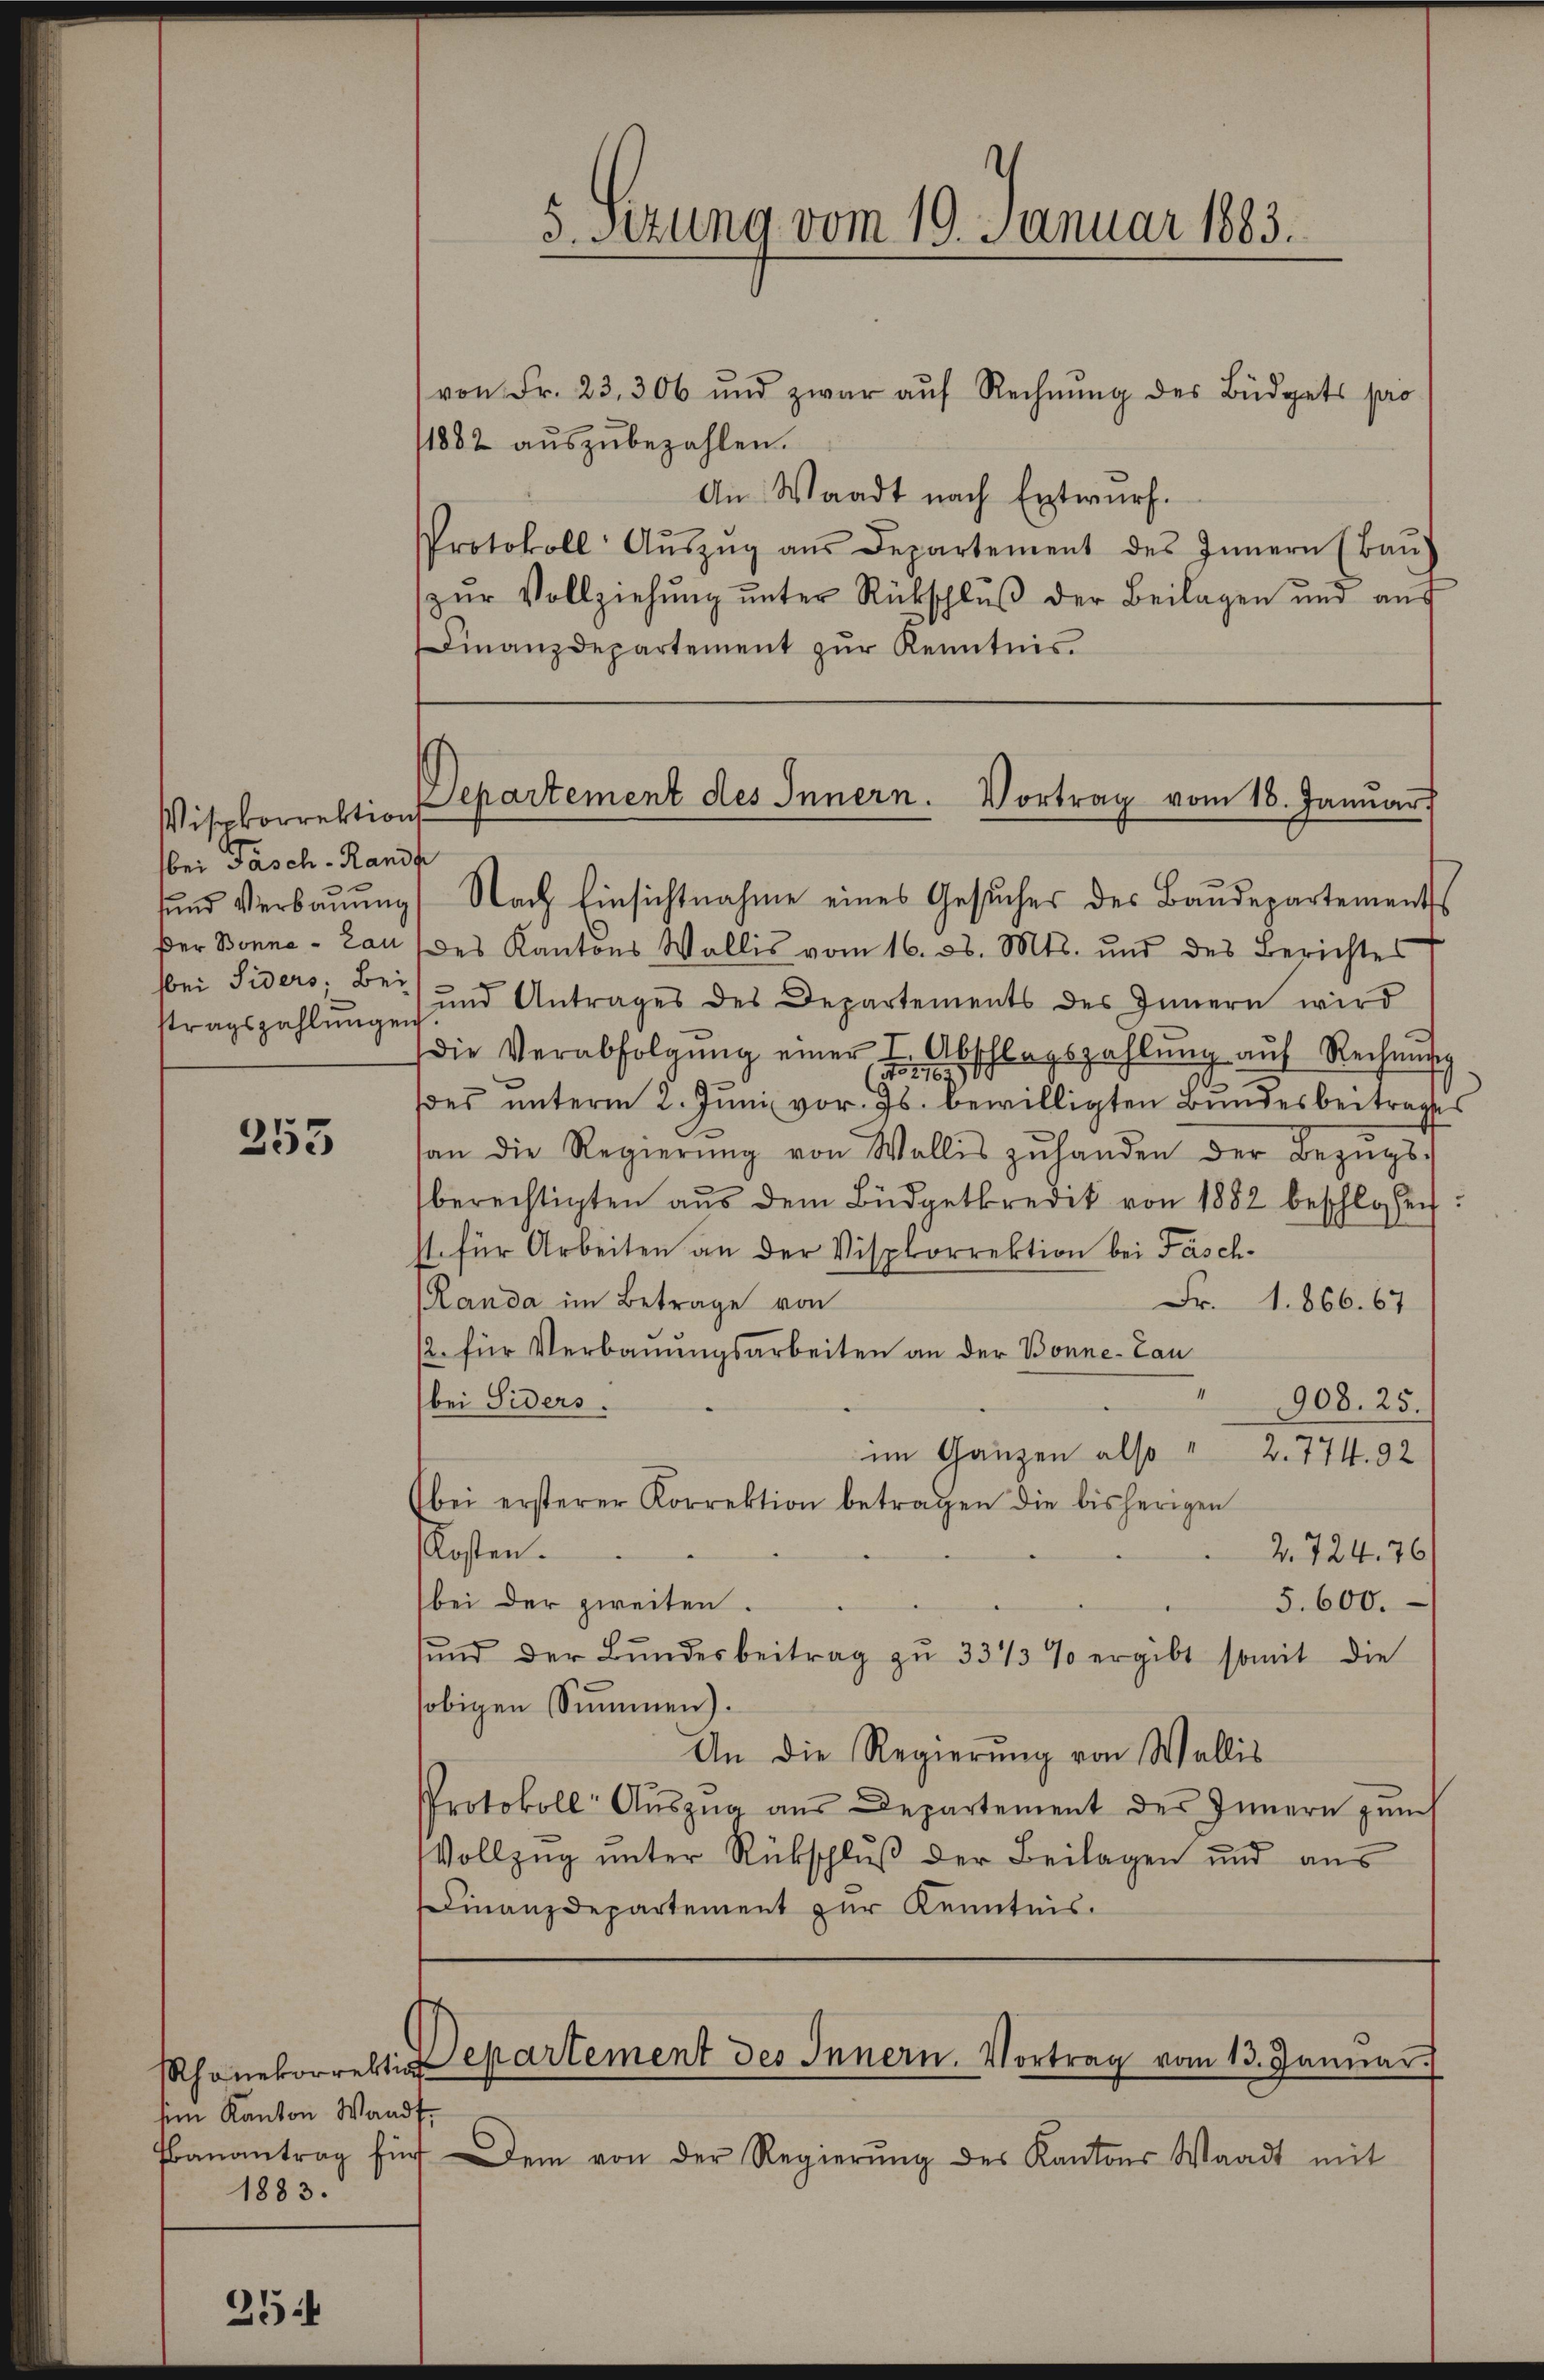
Vispkorrektions
bei Fasch - Rands
stragszahlungen

353

dem Kanton Wandf.
1883.

254

von Fr. 23. 306 und zwar aŭf Rechnŭng des Büdgets pro
11882 aŭszŭbezahlen.
An Waadt nach Entwurf.
Protokoll Aŭszŭg aŭs Departement des Innern (Baŭ)
zŭr Vollziehŭng ŭnter Rückschlŭβ der Beilagen und aŭs
Finanzdepartement zŭr Kenntnis

5 Sizung vom 19. Januar 1883.

Departement des Innern. Vortrag vom 18. Januar.

ŭnd Verbaŭŭng Nach Einsichtnahme eines Gesŭches des Baŭdepartements
Der Bonne - an des Kantons Wallis vom 16. d. Mts. und des Berichtes
bei Siders; Bei und Antrages des Departements des Innern wird
die Verabfolgŭng einer u. Abschlagszahlŭng aŭf Rechnŭng
ßes unterm 2. Juni vor. Js. bewilligten Bundesbeitrages
an die Regierŭng von Wallis zŭhanden der Bezŭgs-
berechtigten aŭs dem Büdgetkredit von 1882 beschlossen:
st für Arbeiten an der Visplorrektion bei Fäsch¬
Randa im Betrage von
Fr. 1. 866. 67
/2. für Verbauungsarbeiten an der Bonne-Lan
908. 25.
bei Siders.
im Ganzen also " 2. 774. 92
Abei ersterer Korrektion betragen die bisherigen
Kosten.
2.724. 76
bei der zweiten.
5. 600.
ŭnd der Bŭndesbeitrag zŭ 33/3 % ergibt somit die
sobigen Summen).
An die Regierung von Wallis
Protokoll- Aŭszŭg aŭs Departement des Innern zŭm
Vollzŭg ŭnter Rückschlŭβ der Beilagen und aŭs
Finanzdepartement zur Kenntnis.

Phonetorrektidepartement des Innern. Vortrag vom 13. Janŭar

anantrag für ein von der Regierŭng des Kantons Waadt mit